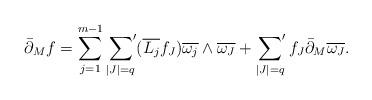
LaTeX: \begin{align*}\bar\partial_Mf=\sum_{j=1}^{m-1}\sideset{}{'}\sum_{\vert J\vert=q}(\overline{L_j}f_J)\overline{\omega_j}\wedge \overline{\omega_J}+\sideset{}{'}\sum_{\vert J\vert=q}f_J\bar\partial_M\overline{\omega_J}.\end{align*}